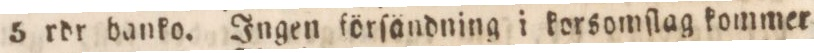
5 rdr banko. Ingen förſändning i korsomſlag kommer